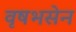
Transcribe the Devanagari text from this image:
वृषभसेन